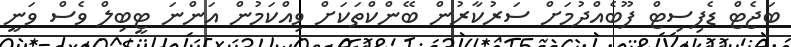
ބަޖެޓް ޑެފިސިޓް ފޫބެއްދުމަށް ސަރުކާރުން ބޭންކްތަކަށް ވިއްކަމުން އަންނަ ޓީބިލް ވެސް ވަނީ